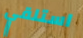
استلقي